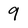
Character: 9